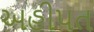
અહીપત